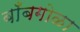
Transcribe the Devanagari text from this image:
बाँबगोळा